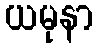
ယမုနာ